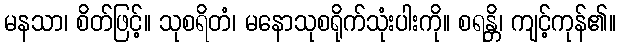
မနသာ၊ စိတ်ဖြင့်။ သုစရိတံ၊ မနောသုစရိုက်သုံးပါးကို။ စရန္တိ၊ ကျင့်ကုန်၏။